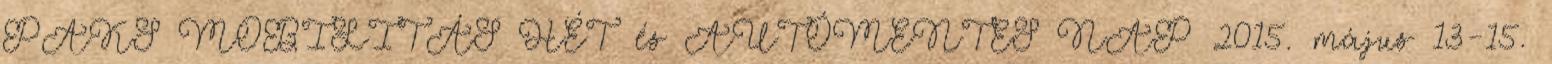
PAKS MOBILITÁS HÉT és AUTÓMENTES NAP 2015. május 13-15.